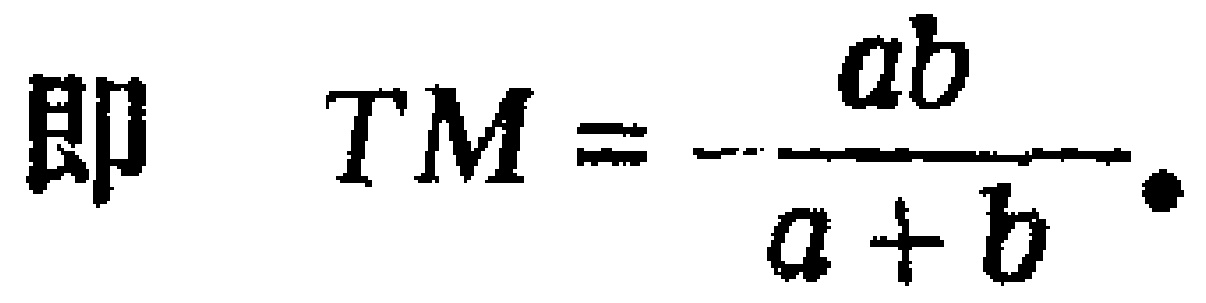
即 \(TM = -\frac{ab}{a + b}.\)